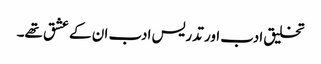
تخلیق ادب اور تدریس ادب ان کے عشق تھے۔